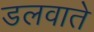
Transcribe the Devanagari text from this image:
डलवाते